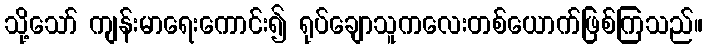
သို့သော် ကျန်းမာရေးကောင်း၍ ရုပ်ချောသူကလေးတစ်ယောက်ဖြစ်ကြသည်။